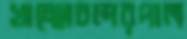
খাচ্ছোচন্দরপাল